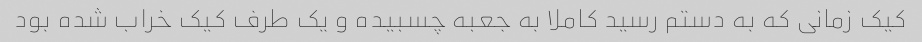
کیک زمانی که به دستم رسید کاملا به جعبه چسبیده و یک طرف کیک خراب شده بود